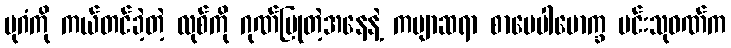
ပုဂံကို ကယ်တင်ခဲ့တဲ့ လုစ်ကို ဂုဏ်ပြုတဲ့အနေနဲ့ ကဗျာဆရာ စာပေပါမောက္ခ မင်းသုဝဏ်က